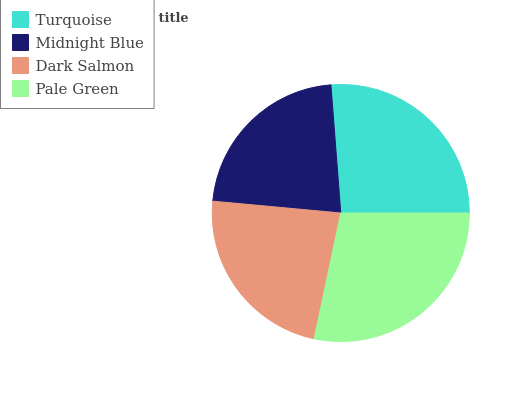
| Turquoise | Midnight Blue | Dark Salmon | Pale Green |
 | --- | --- | --- | --- |
 | 26.3% | 22.3% | 23.1% | 28.3% |